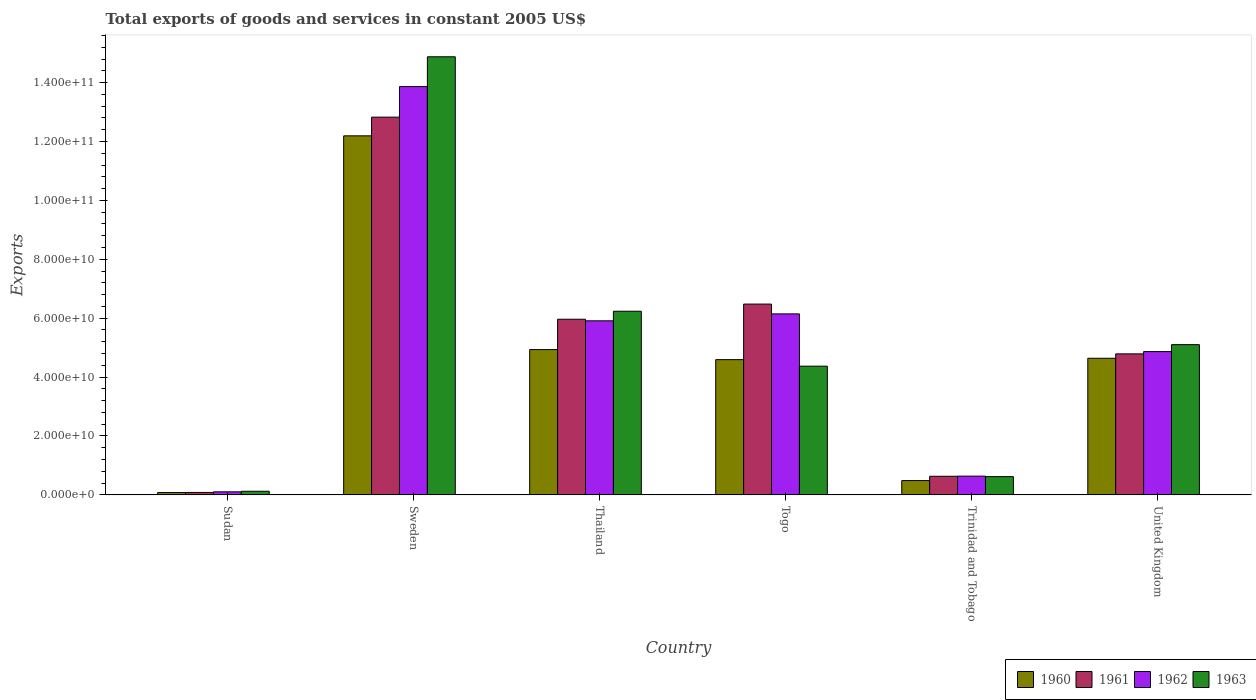
| Country | 1960 | 1961 | 1962 | 1963 |
 | --- | --- | --- | --- | --- |
 | Sudan | 8.03e+08 | 8.33e+08 | 1.04e+09 | 1.24e+09 |
 | Sweden | 1.22e+11 | 1.28e+11 | 1.39e+11 | 1.49e+11 |
 | Thailand | 4.93e+10 | 5.97e+10 | 5.91e+10 | 6.24e+10 |
 | Togo | 4.59e+10 | 6.48e+10 | 6.15e+10 | 4.37e+10 |
 | Trinidad and Tobago | 4.86e+09 | 6.32e+09 | 6.37e+09 | 6.2e+09 |
 | United Kingdom | 4.64e+10 | 4.79e+10 | 4.87e+10 | 5.1e+10 |